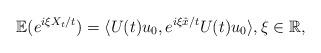
LaTeX: \begin{align*} \mathbb{E}(e^{i \xi X_t/t}) = \langle U(t) u_0, e^{i \xi \hat x/t} U(t) u_0 \rangle,\xi \in \mathbb{R}, \end{align*}